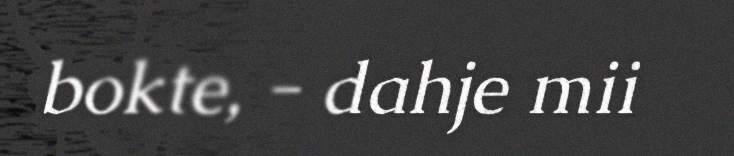
bokte, - dahje mii